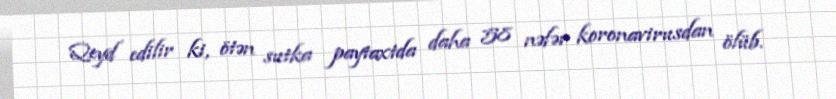
Qeyd edilir ki, ötən sutka paytaxtda daha 58 nəfər koronavirusdan ölüb.